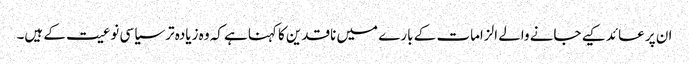
ان پر عائد کیے جانے والے الزامات کے بارے میں ناقدین کا کہناہے کہ وہ زیادہ تر سیاسی نوعیت کے ہیں۔